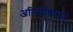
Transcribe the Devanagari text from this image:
अतिसन्निकट